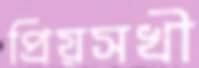
প্রিয়সখী